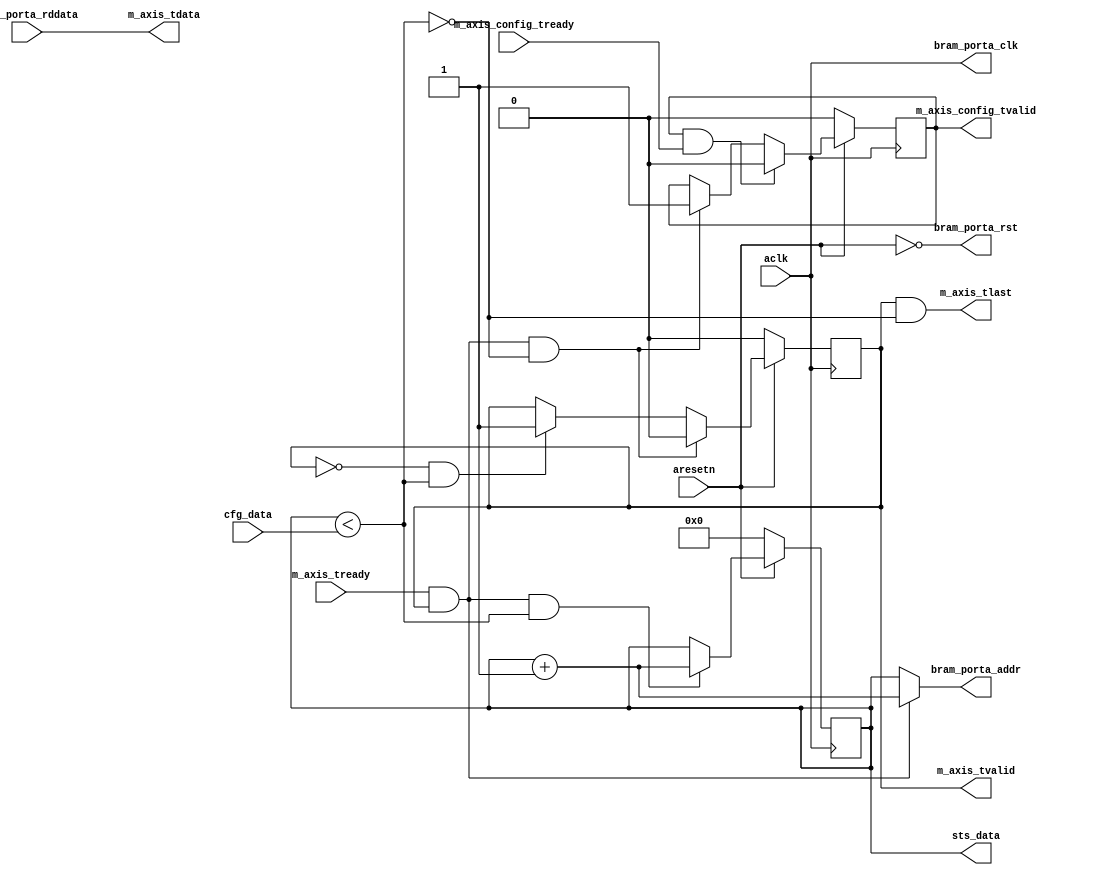
module axis_bram_reader #
(
  parameter integer AXIS_TDATA_WIDTH = 32,
  parameter integer BRAM_DATA_WIDTH = 32,
  parameter integer BRAM_ADDR_WIDTH = 10,
  parameter         CONTINUOUS = "FALSE"
)
(
  // System signals
  input  wire                        aclk,
  input  wire                        aresetn,

  input  wire [BRAM_ADDR_WIDTH-1:0]  cfg_data,
  output wire [BRAM_ADDR_WIDTH-1:0]  sts_data,

  // Master side
  input  wire                        m_axis_tready,
  output wire [AXIS_TDATA_WIDTH-1:0] m_axis_tdata,
  output wire                        m_axis_tvalid,
  output wire                        m_axis_tlast,

  input  wire                        m_axis_config_tready,
  output wire                        m_axis_config_tvalid,

  // BRAM port
  output wire                        bram_porta_clk,
  output wire                        bram_porta_rst,
  output wire [BRAM_ADDR_WIDTH-1:0]  bram_porta_addr,
  input  wire [BRAM_DATA_WIDTH-1:0]  bram_porta_rddata
);

  reg [BRAM_ADDR_WIDTH-1:0] int_addr_reg, int_addr_next;
  reg int_enbl_reg, int_enbl_next;
  reg int_conf_reg, int_conf_next;

  wire [BRAM_ADDR_WIDTH-1:0] sum_cntr_wire;
  wire int_comp_wire, int_tlast_wire;

  always @(posedge aclk)
  begin
    if(~aresetn)
    begin
      int_addr_reg <= {(BRAM_ADDR_WIDTH){1'b0}};
      int_enbl_reg <= 1'b0;
      int_conf_reg <= 1'b0;
    end
    else
    begin
      int_addr_reg <= int_addr_next;
      int_enbl_reg <= int_enbl_next;
      int_conf_reg <= int_conf_next;
    end
  end

  assign sum_cntr_wire = int_addr_reg + 1'b1;
  assign int_comp_wire = int_addr_reg < cfg_data;
  assign int_tlast_wire = ~int_comp_wire;

  generate
    if(CONTINUOUS == "TRUE")
    begin : CONTINUOUS
      always @*
      begin
        int_addr_next = int_addr_reg;
        int_enbl_next = int_enbl_reg;

        if(~int_enbl_reg & int_comp_wire)
        begin
          int_enbl_next = 1'b1;
        end

        if(m_axis_tready & int_enbl_reg & int_comp_wire)
        begin
          int_addr_next = sum_cntr_wire;
        end

        if(m_axis_tready & int_enbl_reg & int_tlast_wire)
        begin
          int_addr_next = {(BRAM_ADDR_WIDTH){1'b0}};
        end
      end
    end
    else
    begin : STOP
      always @*
      begin
        int_addr_next = int_addr_reg;
        int_enbl_next = int_enbl_reg;
        int_conf_next = int_conf_reg;

        if(~int_enbl_reg & int_comp_wire)
        begin
          int_enbl_next = 1'b1;
        end

        if(m_axis_tready & int_enbl_reg & int_comp_wire)
        begin
          int_addr_next = sum_cntr_wire;
        end

        if(m_axis_tready & int_enbl_reg & int_tlast_wire)
        begin
          int_enbl_next = 1'b0;
          int_conf_next = 1'b1;
        end

        if(int_conf_reg & m_axis_config_tready)
        begin
          int_conf_next = 1'b0;
        end
      end
    end
  endgenerate

  assign sts_data = int_addr_reg;

  assign m_axis_tdata = bram_porta_rddata;
  assign m_axis_tvalid = int_enbl_reg;
  assign m_axis_tlast = int_enbl_reg & int_tlast_wire;

  assign m_axis_config_tvalid = int_conf_reg;

  assign bram_porta_clk = aclk;
  assign bram_porta_rst = ~aresetn;
  assign bram_porta_addr = m_axis_tready & int_enbl_reg ? sum_cntr_wire : int_addr_reg;

endmodule